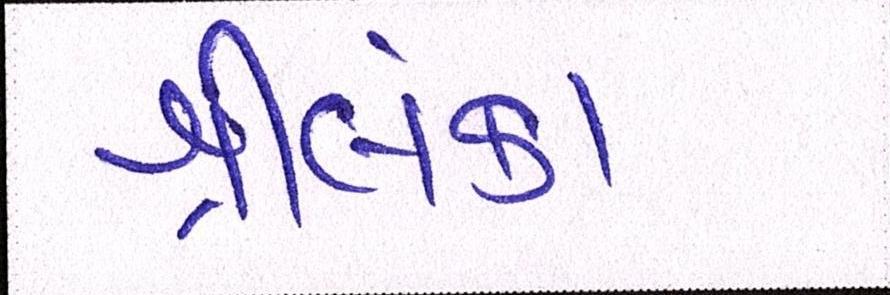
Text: શ્રીલંકા